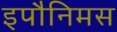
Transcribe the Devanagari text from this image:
इपौनिमस